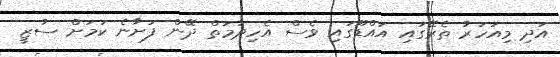
އަދި މިއަހަރު ތެރޭގައި އައްޑޫގައި ވެސް އެހިދުމަތް ދޭން ފަށާނެ ކަމަށް ސުޒީ